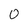
Character: 0